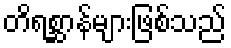
တိရစ္ဆာန်များဖြစ်သည်